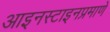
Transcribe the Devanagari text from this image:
आइनस्टाइनप्रमाणे